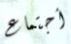
أجتماع